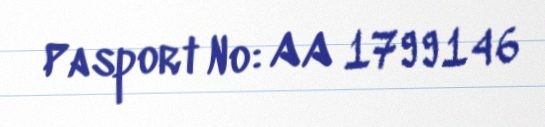
Pasport №: AA 1799146